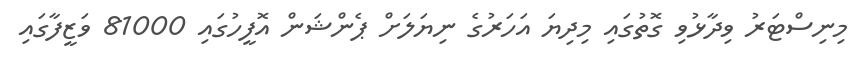
މިނިސްޓަރު ވިދާޅުވި ގޮތުގައި މިދިޔަ އަހަރުުގެ ނިޔަލަށް ޕެންޝަން އޮފީހުގައި 81000 ވަޒީފާގައި